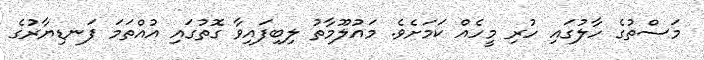
މަސްތުގެ ހާލުގައި ހުރި މީހެއް ކަމަށެވެ. މައުލޫމާތު ލިބިފައިވާ ގޮތުގައި އުއްތަމަ ފަނޑިޔާރުގެ